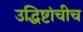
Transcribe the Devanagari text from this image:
उद्धिष्टांचीच